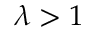
\lambda > 1